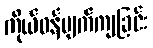
ကိုယ်ဝန်ပျက်ကျခြင်း